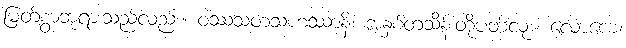
မြတ်စွာဘုရားသည်လည်း။ ဝဿသတသဟဿာနိ၊ အနှစ်တသိန်းတို့ပတ်လုံး။ လောကေ၊